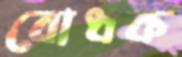
বোধক